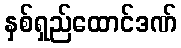
နှစ်ရှည်ထောင်ဒဏ်